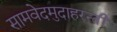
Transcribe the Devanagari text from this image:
सामवेदमुदाहरन्तीं